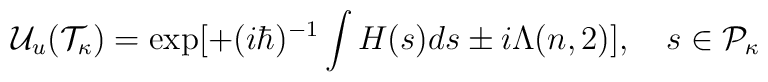
{\cal U}_u ({\cal T}_{\kappa}) = \exp [ +(i\hbar)^{-1} \int H(s) ds \pm i\Lambda(n, 2)], \quad s\in {\cal P}_\kappa